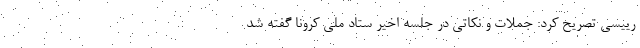
رییسی تصریح کرد: جملات و نکاتی در جلسه اخیر ستاد ملی کرونا گفته شد